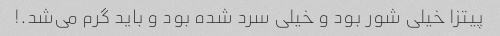
پیتزا خیلی شور بود و خیلی سرد شده بود و باید گرم می‌شد.!